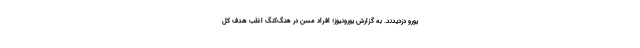
یورو دزدیدند. به گزارش یورونیوز؛ افراد مسن در هنگ‌کنگ اغلب هدف کل